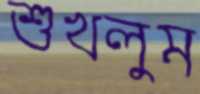
শুখলুম